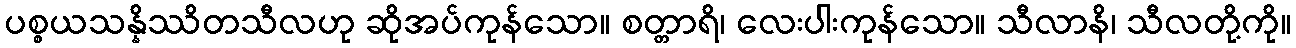
ပစ္စယသန္နိဿိတသီလဟု ဆိုအပ်ကုန်သော။ စတ္တာရိ၊ လေးပါးကုန်သော။ သီလာနိ၊ သီလတို့ကို။